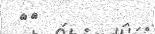
٧٩